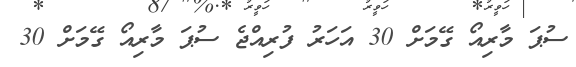
ސުޕަ މާރިއޯ ގޭމަށް 30 އަހަރު ފުރިއްޖެ ސުޕަ މާރިއޯ ގޭމަށް 30